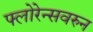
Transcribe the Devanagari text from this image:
फ्लोरेन्सवरुन